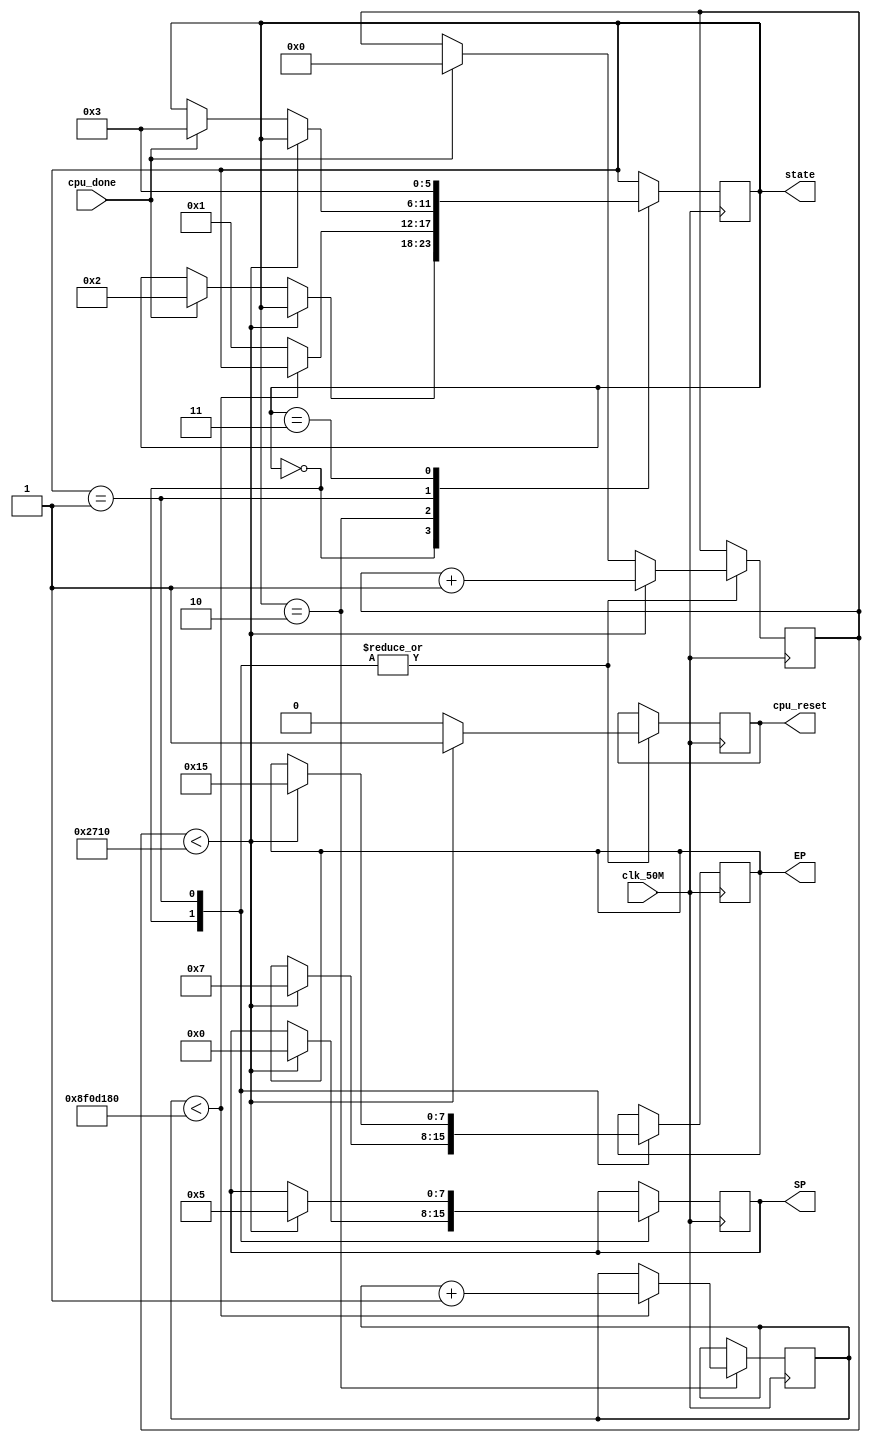
module test(clk_50M,SP,EP,cpu_reset,cpu_done,state) ;
input clk_50M;
output reg [7:0] SP;
output reg [7:0] EP;
output reg cpu_reset;
input cpu_done;
output reg [5:0] state;

reg [31:0] counter=0;
reg [31:0] cpu_counter=0;


localparam idle = 0;
localparam idle2 = 1;
localparam stop = 2;
localparam stop2 = 3;

initial begin
    SP <= 0;
    EP <= 0;
    cpu_reset <= 0;
    state <= 0;
end

always @(posedge clk_50M) begin

   
case (state) 


idle : begin

    if(cpu_counter <10000 ) begin
        cpu_reset <= 1;
//    shortest_path[0] <= 0;
//   shortest_path[1] <= 0;
//   shortest_path[2] <= 0;
//   shortest_path[3] <= 0;
//   shortest_path[4] <= 0;
//   shortest_path[5] <= 0;
//   shortest_path[6] <= 0;
//   shortest_path[7] <= 0;
//   shortest_path[8] <= 0;
//   shortest_path[9] <= 0;
//   shortest_path[10] <= 0;
//   shortest_path[11] <= 0;
//   shortest_path[12] <= 0;
//   size_of_path <= 0;
        SP <= 0;
        EP <= 7;


        cpu_counter <= cpu_counter + 1;
    end


    else begin

        cpu_reset <= 0;

  if( cpu_done==1) begin
//   shortest_path[0] <= path0;
//   shortest_path[1] <= path1;
//   shortest_path[2] <= path2;
//   shortest_path[3] <= path3;
//   shortest_path[4] <= path4;
//   shortest_path[5] <= path5;
//   shortest_path[6] <= path6;
//   shortest_path[7] <= path7;
//   shortest_path[8] <= path8;
//   shortest_path[9] <= path9;
//   shortest_path[10] <= path10;
//   shortest_path[11] <= path11;
//   shortest_path[12] <= path12;
//   size_of_path <= index;
  cpu_counter <= 0;
  state <= stop;
  end

 
end

end 


stop : begin
        if(counter < 150000000) begin
                counter <= counter +1;
        end
        else 
        state <= idle2;
    end


idle2 : begin

    if(cpu_counter <10000 ) begin
        cpu_reset <= 1;
//    shortest_path[0] <= 0;
//   shortest_path[1] <= 0;
//   shortest_path[2] <= 0;
//   shortest_path[3] <= 0;
//   shortest_path[4] <= 0;
//   shortest_path[5] <= 0;
//   shortest_path[6] <= 0;
//   shortest_path[7] <= 0;
//   shortest_path[8] <= 0;
//   shortest_path[9] <= 0;
//   shortest_path[10] <= 0;
//   shortest_path[11] <= 0;
//   shortest_path[12] <= 0;
//   size_of_path <= 0;
        SP <= 5;
        EP <= 21;


        cpu_counter <= cpu_counter + 1;
    end


    else begin

        cpu_reset <= 0;

  if( cpu_done==1) begin
//   shortest_path[0] <= path0;
//   shortest_path[1] <= path1;
//   shortest_path[2] <= path2;
//   shortest_path[3] <= path3;
//   shortest_path[4] <= path4;
//   shortest_path[5] <= path5;
//   shortest_path[6] <= path6;
//   shortest_path[7] <= path7;
//   shortest_path[8] <= path8;
//   shortest_path[9] <= path9;
//   shortest_path[10] <= path10;
//   shortest_path[11] <= path11;
//   shortest_path[12] <= path12;
//   size_of_path <= index;
  cpu_counter <= 0;
  state <= stop2;
  end

 
end

end 

stop2 : begin
    state <= stop2;
    end


endcase
end
endmodule